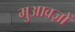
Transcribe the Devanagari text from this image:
मुआवज़ों